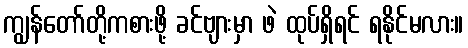
ကျွန်တော်တို့ကစားဖို့ ခင်ဗျားမှာ ဖဲ ထုပ်ရှိရင် ရနိုင်မလား။